Punjab Mental Hospital Lahore 1922-31 - 1922-1931
Year: 1922
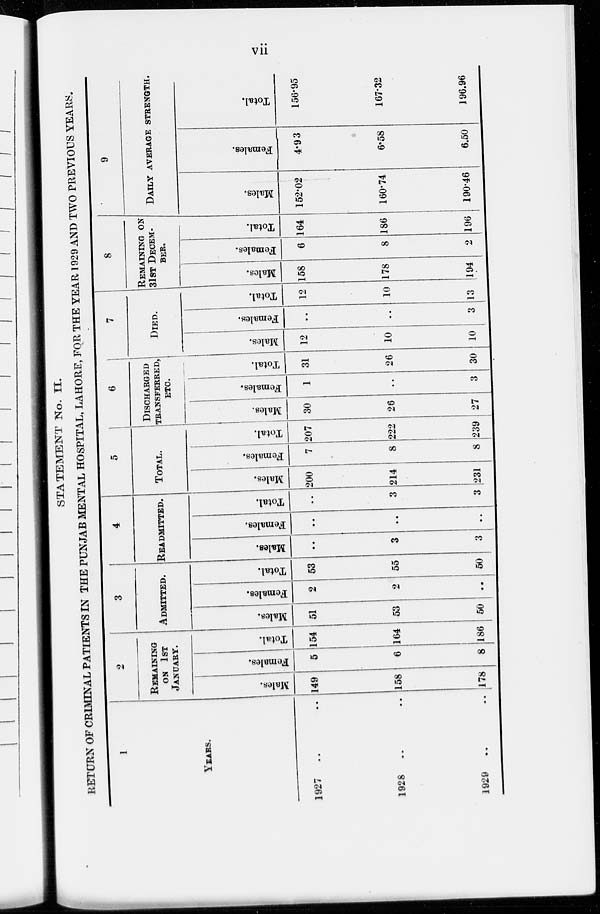
vii
STATEMENT No. II.
RETURN OF CRIMINAL PATIENTS IN THE PUNJAB MENTAL HOSPITAL, LAHORE, FOR THE YEAR 1929 AND TWO PREVIOUS YEARS.
1
YEARS.
1927 .. ..
1928 .. ..
1929 .. ..
2
REMAINING
ON 1ST
JANUARY.
Males.
149
158
178
Females.
5
6
8
Total.
154
164
186
3
ADMITTED.
Males.
51
53
50
Females.
2
2
...
Total.
53
55
50
4
READMITTED.
Males.
...
3
3
Females.
...
...
...
Total.
...
3
3
5
TOTAL.
Males.
200
214
231
Females.
7
8
8
Total.
207
222
239
6
DISCHARGED
TRANSFERRED,
ETC.
Males.
30
26
27
Females.
1
...
3
Total.
31
26
30
7
DIED.
Males.
12
10
10
Females.
...
...
3
Total.
12
10
13
8
REMAINING ON
31ST DECEM-
---.
Males.
158
178
194
Females.
6
8
2
Total.
164
186
196
9
DAILY AVERAGE STRENGTH.
Males.
152.02
160.74
190.46
Females.
4.93
6.58
6.50
Total.
156.95
167.32
196.96